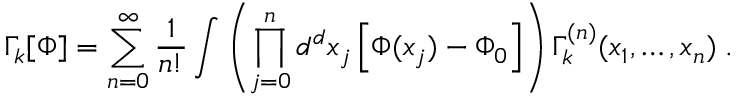
\Gamma _ { k } [ \Phi ] = \sum _ { n = 0 } ^ { \infty } \frac { 1 } { n ! } \int \left( \prod _ { j = 0 } ^ { n } d ^ { d } x _ { j } \left[ \Phi ( x _ { j } ) - \Phi _ { 0 } \right] \right) \Gamma _ { k } ^ { ( n ) } ( x _ { 1 } , \ldots , x _ { n } ) \; .